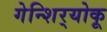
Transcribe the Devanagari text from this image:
गेन्शिर्‍योकू